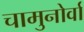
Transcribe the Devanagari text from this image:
चामुनोर्वा